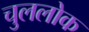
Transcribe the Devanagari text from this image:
चुललोक